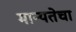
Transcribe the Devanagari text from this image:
मान्यतेचा